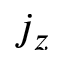
j _ { z }